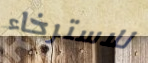
للاسترخاء